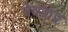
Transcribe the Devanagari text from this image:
नेत्रकंप